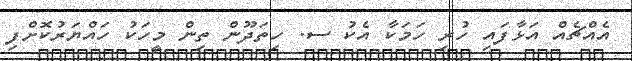
އެއްޗެއް އަޅާފައި ހުރި ހަމަކާ އެކު ސ. ހިތަދޫން ތިން މީހަކު ހައްޔަރުކޮށްފި